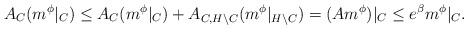
\begin{align*}A_C(m^\phi|_C)\leq A_C(m^\phi|_C)+A_{C,H\backslash C}(m^\phi|_{H\backslash C})=(Am^\phi)|_C\leq e^\beta m^\phi|_C.\end{align*}